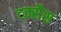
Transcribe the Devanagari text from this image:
टक्सैस